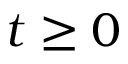
t \geq 0